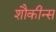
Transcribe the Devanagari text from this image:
शौकीन्स